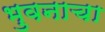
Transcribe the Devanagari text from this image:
भुवनाचा